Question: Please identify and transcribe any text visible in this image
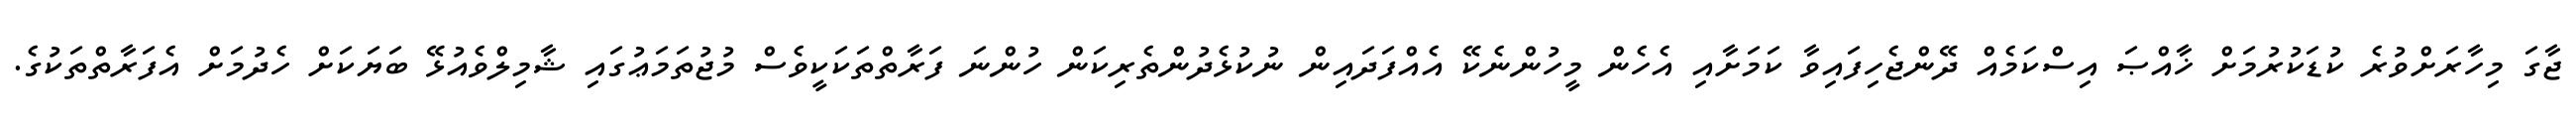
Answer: ޖާގަ މިހާރަށްވުރެ ކުޑަކުރުމަށް ޚާއްޞަ އިސްކަމެއް ދޭންޖެހިފައިވާ ކަމަށާއި އެހެން މީހުންނެކޭ އެއްފަދައިން ނުކުޅެދުންތެރިކަން ހުންނަ ފަރާތްތަކަކީވެސް މުޖުތަމަޢުގައި ޝާމިލްވެއުޅޭ ބަޔަކަށް ހެދުމަށް އެފަރާތްތަކުގެ.